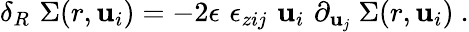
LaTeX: \delta_{R}\, \, \Sigma(r,\mathbf{u}_{i})=-2\epsilon\, \, \epsilon_{zij}\, \, \mathbf{u}_{i}\, \, \partial_{\mathbf{u}_{j}}\ \Sigma(r,\mathbf{u}_{i})\ .